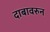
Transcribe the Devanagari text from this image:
दाबावरुन